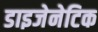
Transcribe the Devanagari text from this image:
डाइजेनेटिक